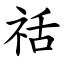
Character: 䄆